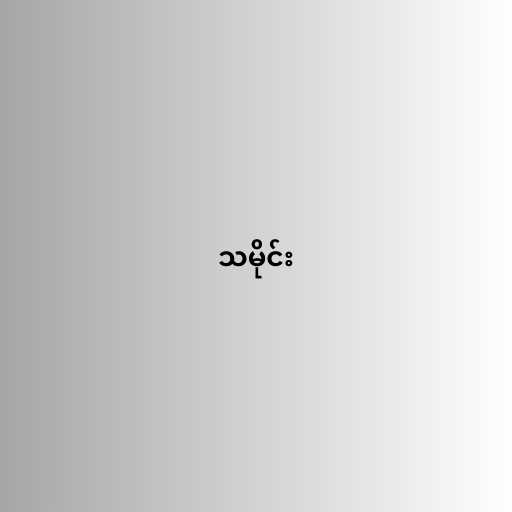
သမိုင်း